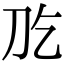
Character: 𠚮